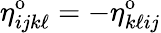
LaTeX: \eta_{ijk\ell}^{\mathrm{o}}=-\eta_{k\ell ij}^{\mathrm{o}}